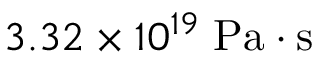
3 . 3 2 \times 1 0 ^ { 1 9 } \; \mathrm { P a \cdot s }